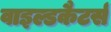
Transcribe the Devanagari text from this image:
वाइल्डकैटर्स